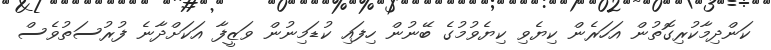
ކަންދިމާކުރިގޮތުން އަހަރެން ކިޔެވި ކިޔެވުމުގެ ބޭނުން ހިފައި ކުޑަމިނުން ވަޒީފާ އަކަށްދާނެ ފުރުސަތުވެސް